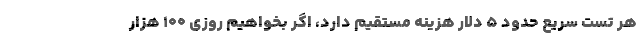
هر تست سریع حدود ۵ دلار هزینه مستقیم دارد، اگر بخواهیم روزی ۱۰۰ هزار